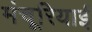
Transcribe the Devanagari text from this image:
मंचूरियाई